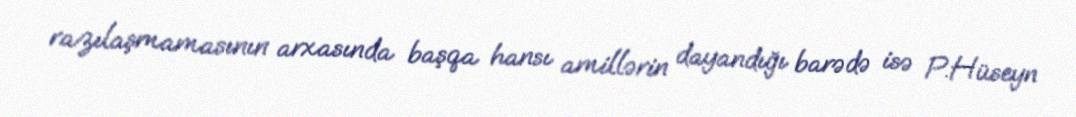
razılaşmamasının arxasında başqa hansı amillərin dayandığı barədə isə P.Hüseyn